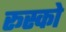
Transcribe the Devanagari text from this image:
रूस्को